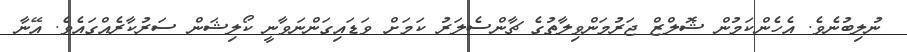
ނުލިބުނެވެ. އެހެންކަމުން ޝޮލްޒް ޖަރުމަންވިލާތުގެ ޗާންސެލަރު ކަމަށް ވަޑައިގަންނަވާނީ ކޯލިޝަން ސަރުކާރެއްގައެވެ. އޭނާ